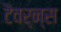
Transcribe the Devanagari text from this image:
टैवर्न्स